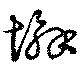
懈